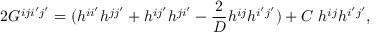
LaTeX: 2 G ^ { i j i ^ { \prime } j ^ { \prime } } = ( h ^ { i i ^ { \prime } } h ^ { j j ^ { \prime } } + h ^ { i j ^ { \prime } } h ^ { j i ^ { \prime } } - \frac { 2 } { D } h ^ { i j } h ^ { i ^ { \prime } j ^ { \prime } } ) + C ~ h ^ { i j } h ^ { i ^ { \prime } j ^ { \prime } } ,